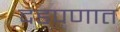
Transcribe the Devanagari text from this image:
दडपणात